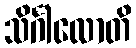
သိင်္ဂါလောတိ